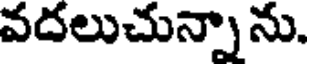
వదలుచున్నా ను.